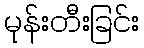
မုန်းတီးခြင်း